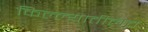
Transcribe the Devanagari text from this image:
किल्ल्यातीलच